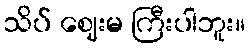
သိပ် ဈေးမ ကြီးပါဘူး။